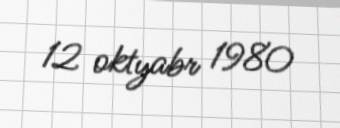
12 oktyabr 1980